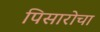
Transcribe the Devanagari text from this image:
पिसारोचा